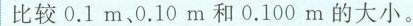
比较0.1m、0.10m和0.100m的大小。